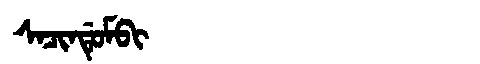
Manchu: ᠰᠠᠴᡳᠨᡩᡠᠮᠪᡳ
Romanization: SACINDUMBI